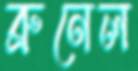
ব্রুনেল